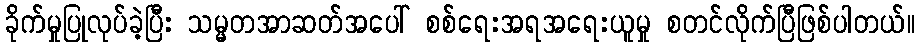
ခိုက်မှုပြုလုပ်ခဲ့ပြီး သမ္မတအာဆတ်အပေါ် စစ်ရေးအရအရေးယူမှု စတင်လိုက်ပြီဖြစ်ပါတယ်။